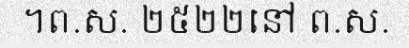
។ព.ស. ២៥២២នៅ ព.ស.